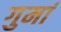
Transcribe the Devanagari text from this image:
गुमां